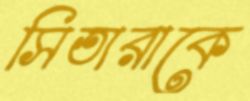
সিতারাকে